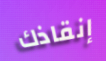
إنقاذك